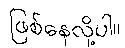
ဖြစ်နေလို့ပါ။